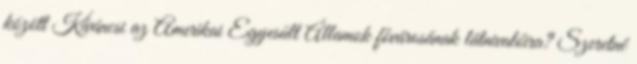
között Kíváncsi az Amerikai Egyesült Államok fővárosának látnivalóira? Szeretné